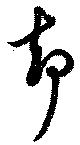
却